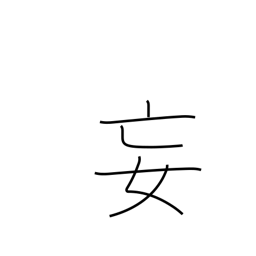
Meaning: delusion